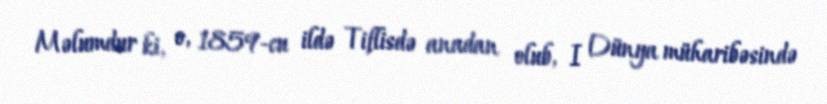
Məlumdur ki, o, 1859-cu ildə Tiflisdə anadan olub, I Dünya müharibəsində